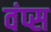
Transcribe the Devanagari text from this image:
वंप्स